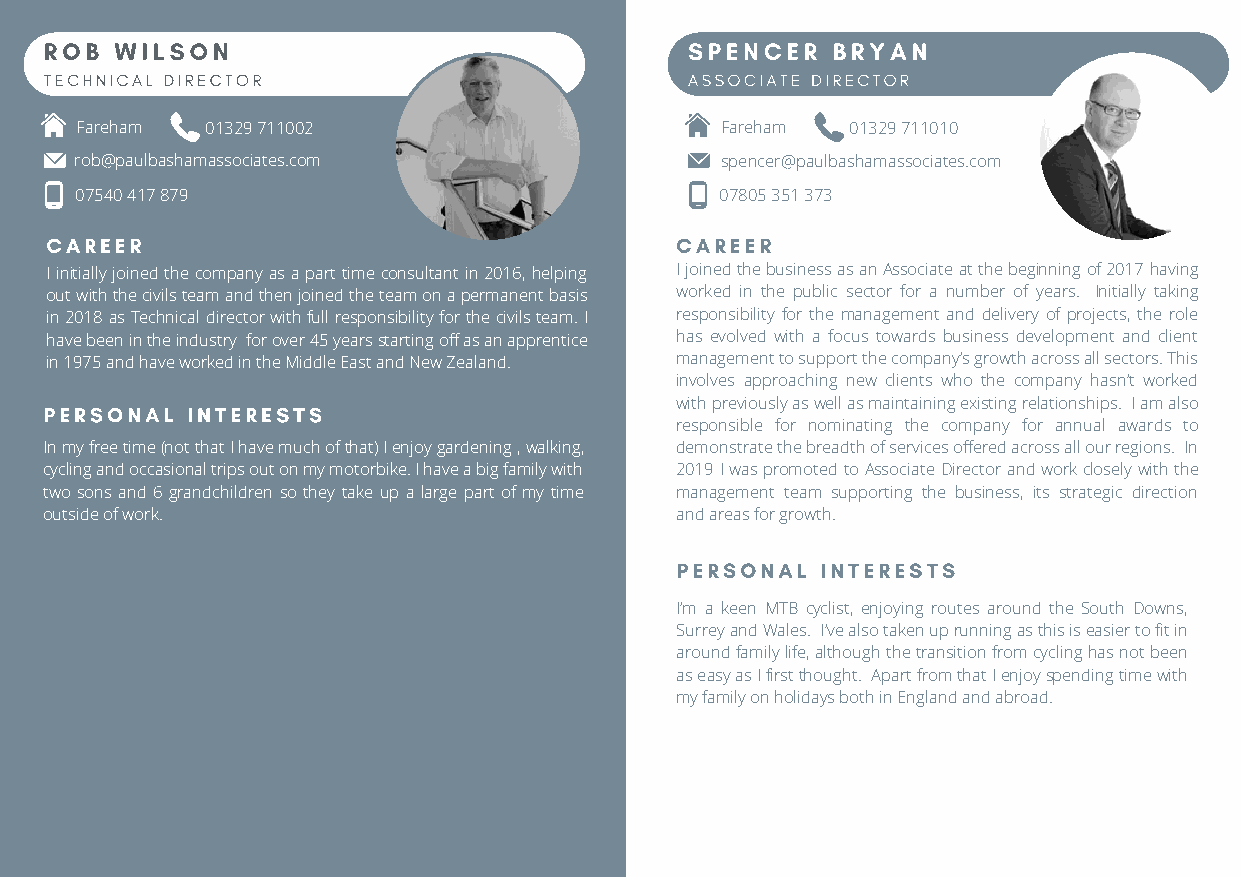
ROB  WILSON                                SPENCER  BRYAN
 TECHNICAL DIRECTOR                         ASSOCIATE DIRECTOR
 Fareham  01329 711002                      Fareham 01329 711010
 rob@paulbashamassociates.com               spencer@paulbashamassociates.com
 07540 417 879                              07805 351 373
 CAREER                                    CAREER
 I initially joined the company as a part time consultant in 2016, helping I joined the business as an Associate at the beginning of 2017 having
 out with the civils team and then joined the team on a permanent basis worked in the public sector for a number of years. Initially taking
 in 2018 as Technical director with full responsibility for the civils team. I responsibility for the management and delivery of projects, the role
 have been in the industry for over 45 years starting off as an apprentice has evolved with a focus towards business development and client
 in 1975 and have worked in the Middle East and New Zealand. management to support the company’s growth across all sectors. This
 involves approaching new clients who the company hasn’t worked
 PERSONAL INTERESTS                        with previously as well as maintaining existing relationships. I am also
 responsible for nominating the company for annual awards to
 In my free time (not that I have much of that) I enjoy gardening , walking, demonstrate the breadth of services offered across all our regions. In
 cycling and occasional trips out on my motorbike. I have a big family with 2019 I was promoted to Associate Director and work closely with the
 two sons and 6 grandchildren so they take up a large part of my time management team supporting the business, its strategic direction
 outside of work.                          and areas for growth.
 PERSONAL INTERESTS
 I’m a keen MTB cyclist, enjoying routes around the South Downs,
 Surrey and Wales. I’ve also taken up running as this is easier to fit in
 around family life, although the transition from cycling has not been
 as easy as I first thought. Apart from that I enjoy spending time with
 my family on holidays both in England and abroad.